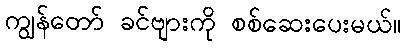
ကျွန်တော် ခင်ဗျားကို စစ်ဆေးပေးမယ်။